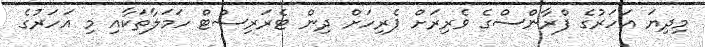
މިދިޔަ އަހަރުގެ ފްރާންސްގެ ވެރިރަށް ޕެރިހަށް ދިން ޓެރަރިސްޓް ހަމަލާތަކާއި މި އަހަރުގެ